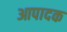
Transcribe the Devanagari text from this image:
आपादक